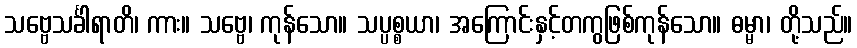
သဗ္ဗေသင်္ခါရာတိ၊ ကား။ သဗ္ဗေ၊ ကုန်သော။ သပ္ပစ္စယာ၊ အကြောင်းနှင့်တကွဖြစ်ကုန်သော။ ဓမ္မာ၊ တို့သည်။